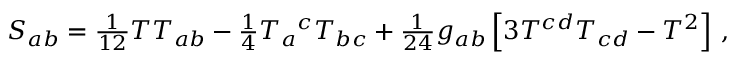
S _ { a b } = \textstyle { \frac { 1 } { 1 2 } } T T _ { a b } - \textstyle { \frac { 1 } { 4 } } T _ { a } { } ^ { c } T _ { b c } + \textstyle { \frac { 1 } { 2 4 } } g _ { a b } \left[ 3 T ^ { c d } T _ { c d } - T ^ { 2 } \right] \, ,